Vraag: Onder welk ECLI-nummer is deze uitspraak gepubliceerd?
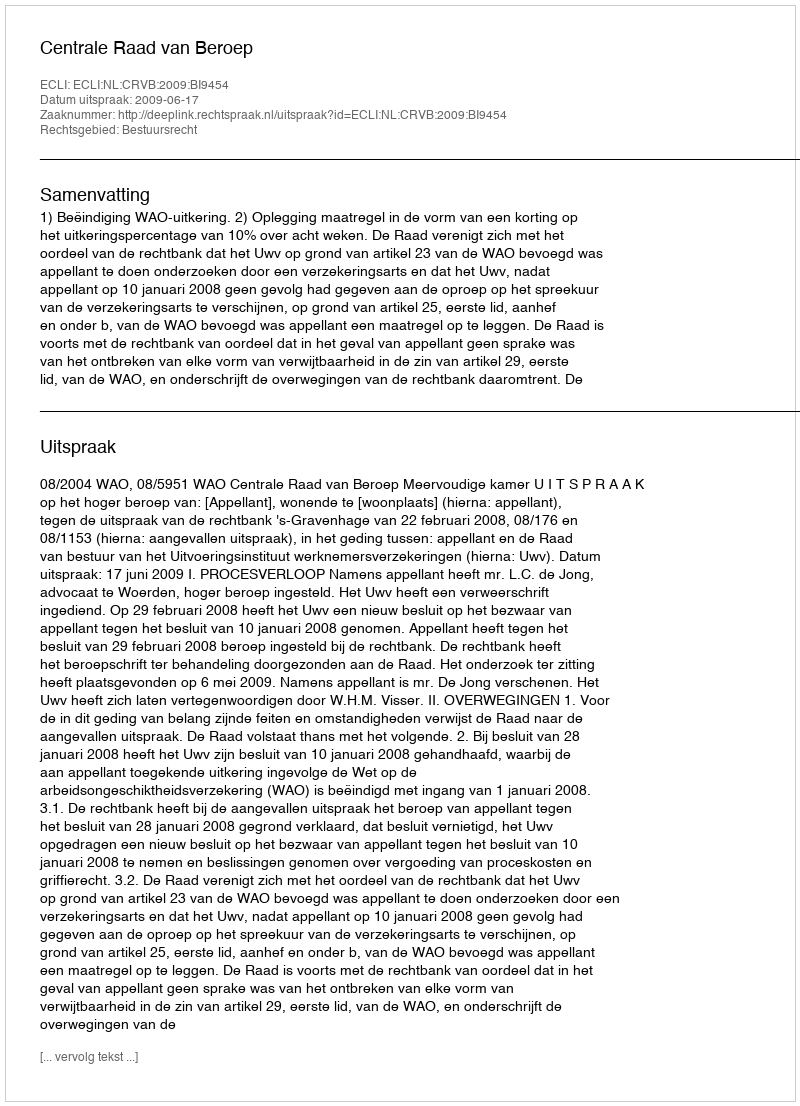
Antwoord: ECLI:NL:CRVB:2009:BI9454